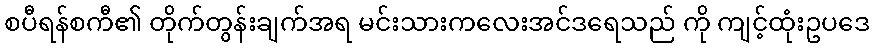
စပီရန်စကီ၏ တိုက်တွန်းချက်အရ မင်းသားကလေးအင်ဒရေသည် ကို ကျင့်ထုံးဥပဒေ